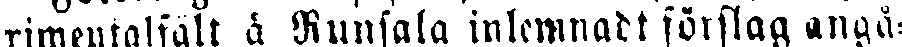
rimentalfält å Runsala inlemnadt förslag angå-